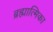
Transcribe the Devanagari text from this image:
ब्रह्मात्मिका